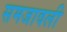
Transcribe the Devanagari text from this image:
समजावली